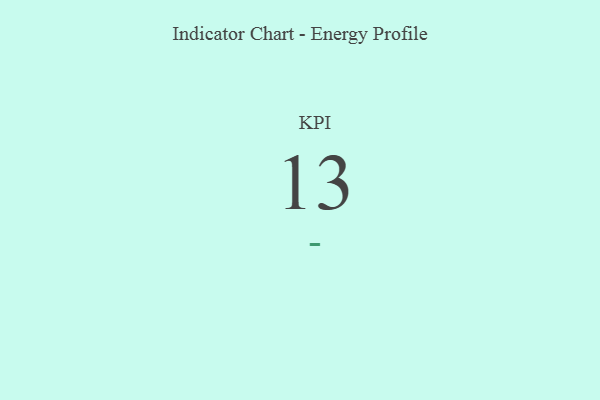
{"axis": {"x": "KPI", "y": "Value"}, "legend": [""], "data": [{"x": "KPI", "y": 13, "type": ""}]}